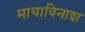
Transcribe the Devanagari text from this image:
मायाविनाश